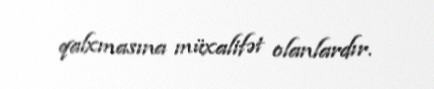
qalxmasına müxalifət olanlardır.